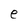
Character: e